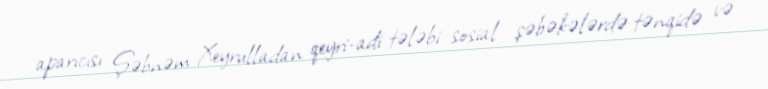
aparıcısı Şəbnəm Xeyrulladan qeyri-adi tələbi sosial şəbəkələrdə tənqidə və